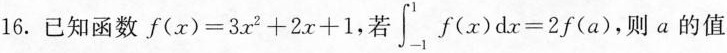
16.已知函数$$f ( x ) = 3 x ^ { 2 } + 2 x + 1$$，若 $$\int _ { - 1 } ^ { 1 } f ( x ) d x = 2 f ( a )$$则α的值